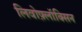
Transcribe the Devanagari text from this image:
लिवोफ़्लॉक्सिन